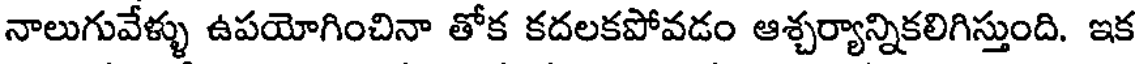
నాలుగువేళ్ళు ఉపయోగించినా తోక కదలకపోవడం ఆశ్చర్యాన్నికలిగిస్తుంది. ఇక